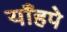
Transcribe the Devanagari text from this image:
याँहपे